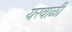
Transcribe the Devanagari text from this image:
यरवाळी